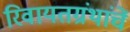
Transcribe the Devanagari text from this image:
रिवायतग्रंथांचें